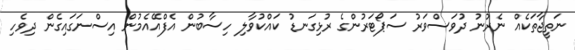
ނަތީޖާތަކެއް ނެރުނު ދުވަސްވަރު ސަޕޯޓަރުންގެ ރުޅިގަނޑު ކައްކުވާލި ހިސާބުން އެފްއޭއެމުން އިސްނަގައިގެން ދިވެހި